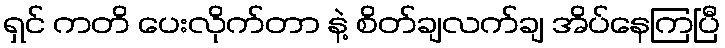
ရှင် ကတိ ပေးလိုက်တာ နဲ့ စိတ်ချလက်ချ အိပ်နေကြပြီ